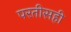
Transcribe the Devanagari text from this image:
परतीसही